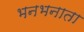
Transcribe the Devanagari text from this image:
भनभनाता